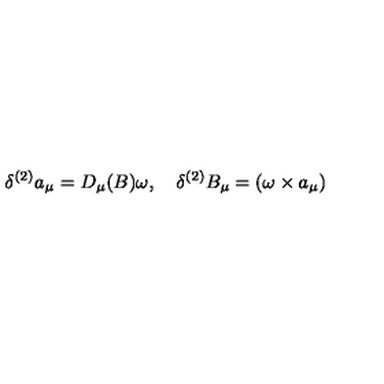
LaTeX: \delta ^ { ( 2 ) } a _ { \mu } = D _ { \mu } ( B ) \omega , \quad \delta ^ { ( 2 ) } B _ { \mu } = ( \omega \times a _ { \mu } )